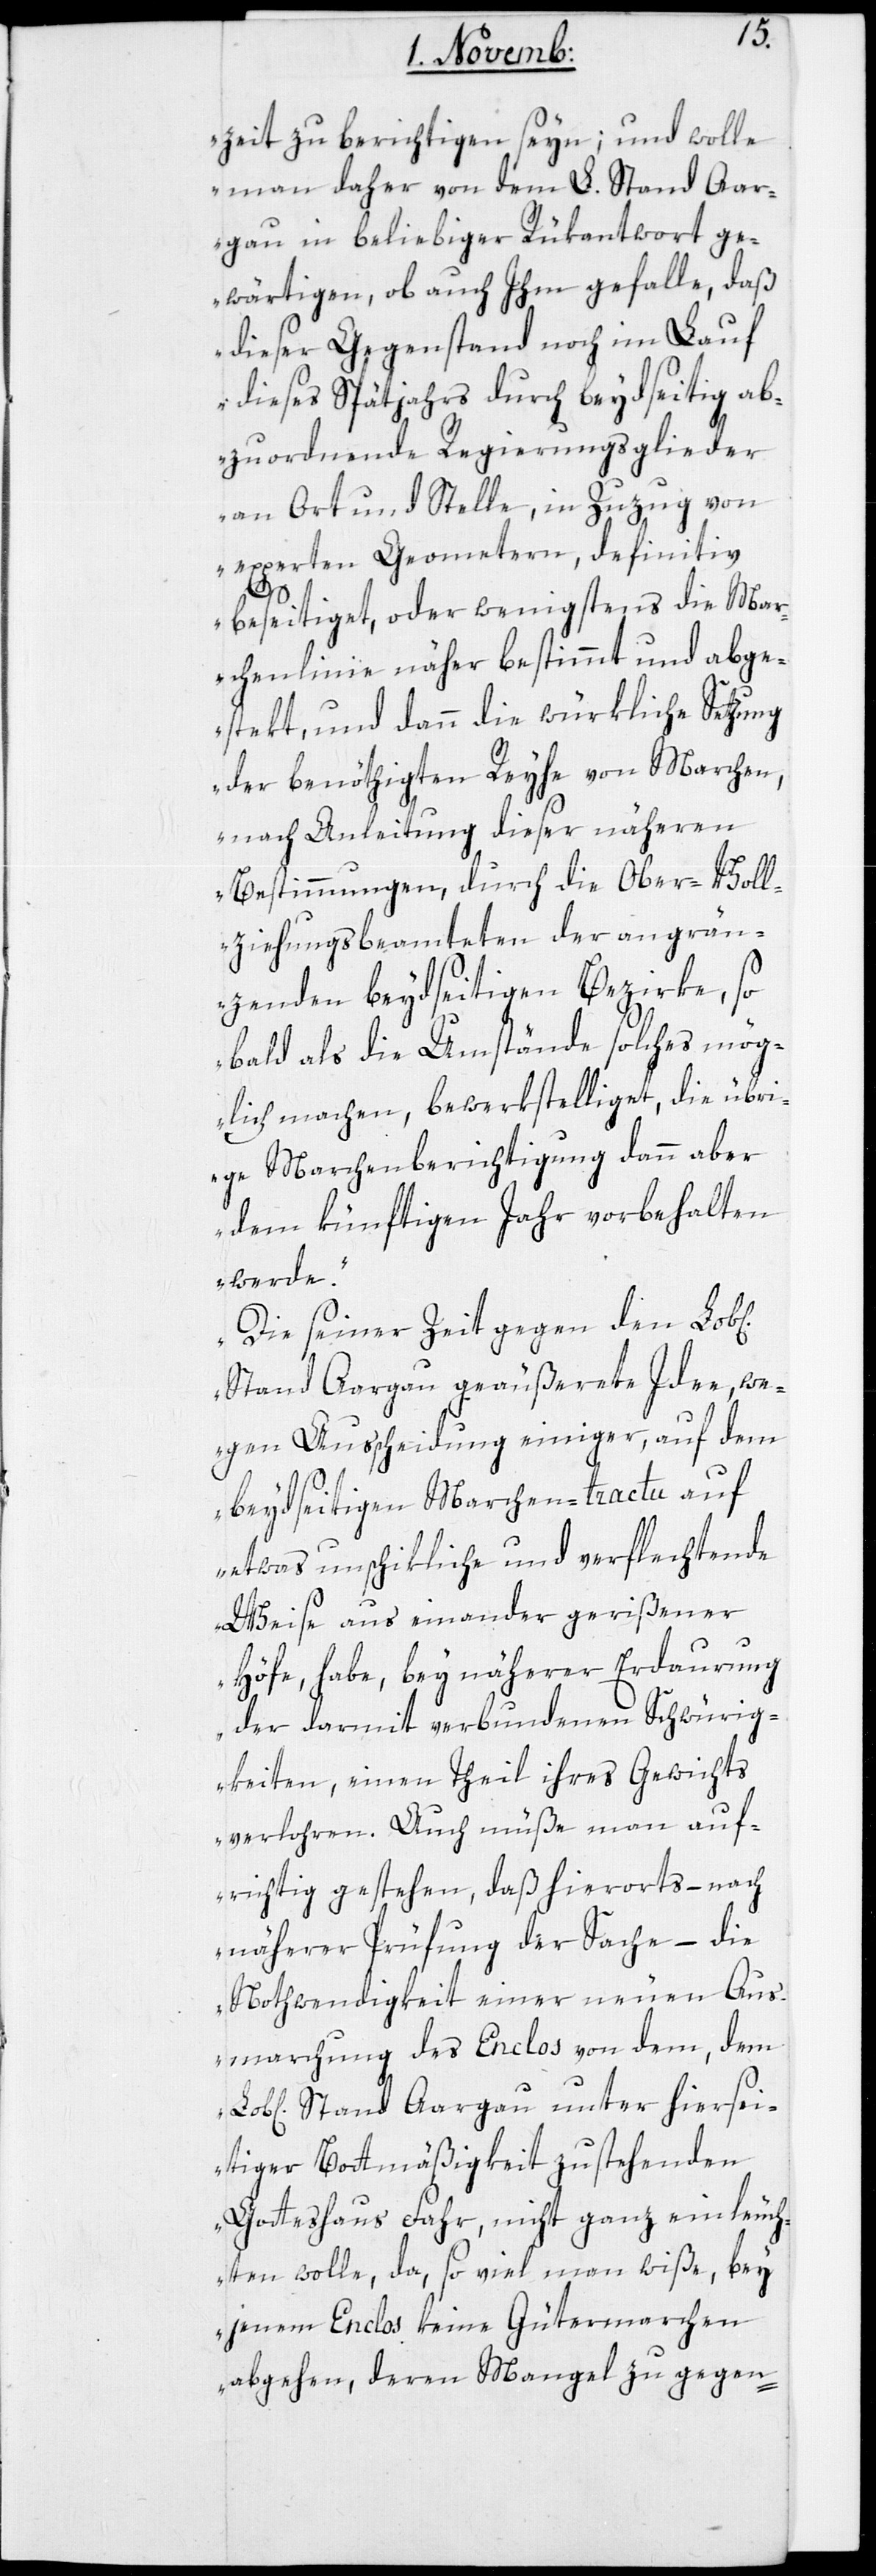
ichen]
zeit zu berichtigen seyn; und wolle
man daher von dem L. Stand Aar¬
gau in beliebiger Rükantwort ge¬
wärtigen, ob auch Ihm gefalle, daß
dieser Gegenstand noch im Lauf
dieses Spätjahrs durch beydseitig ab¬
zuordnende Regierungsglieder
an Ort und Stelle, in Zuzug von
experten Geometern, definitiv
beseitiget, oder wenigstens die Mar¬
chenlinie näher bestimmt und abge¬
stekt, und dann die würkliche Setzung
der benöthigten Reyhe von Marchen,
nach Anleitung dieser näheren
Bestimmungen, durch die Ober-Voll¬
ziehungsbeamteten der angrän¬
zenden beydseitigen Bezirke, so¬
bald als die Umstände solches mög¬
lich machen, bewerkstelliget, die übr¬
ige Marchenberichtigung dann aber
dem künftigen Jahr vorbehalten
werde.
Die seiner Zeit gegen den Lob[l¬
Stand Aargau geäußerte Idee, we¬
gen Ausscheidung einiger, auf dem
beidseitigen Marchen-tractu auf
etwas unschikliche und verflechtende
Weise auseinander gerißener
Höfe, habe, bey näherer Erdaurung
der damit verbundenen Schwürig¬
keiten, einen Theil ihres Gewichts
verloren. Auch müße man auf¬
richtig gestehen, daß hierorts – nach
näherer Prüfung der Sache – die
Nothwendigkeit einer neuen Aus¬
marchung des Enclos von dem, dem
Stand Aargau unter hiersei¬
tiger Bottmäßigkeit zustehenden
Gotteshaus Fahr, nicht ganz einleuch¬
ten wolle, da, so viel man wiße, bey
jenem Enclos keine Gütermarchen
abgehen, deren Mangel zu gegen-